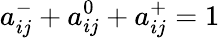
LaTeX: a_{ij}^{-}+a_{ij}^{0}+a_{ij}^{+}=1